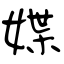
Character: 媟